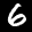
Label: 6